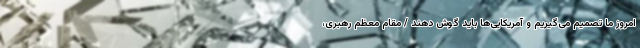
امروز ما تصمیم می‌گیریم و آمریکایی‌ها باید گوش دهند / مقام معظم رهبری،